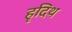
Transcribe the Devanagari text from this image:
हृदिथ